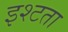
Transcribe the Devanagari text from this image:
इश्टता